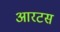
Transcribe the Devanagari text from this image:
आरटस